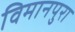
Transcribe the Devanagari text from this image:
विमानपुरा